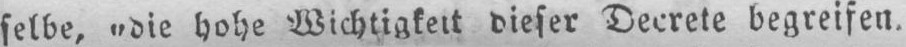
hohe Wichtigkeit dieser Decrete begreifen.